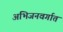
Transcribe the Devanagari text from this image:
अभिजनवर्गात